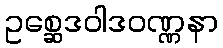
ဥစ္ဆေဒဝါဒဝဏ္ဏနာ